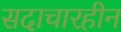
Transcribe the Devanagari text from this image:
सदाचारहीन